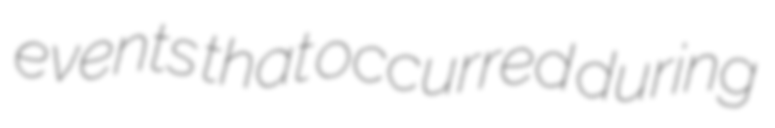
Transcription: events that occurred during